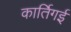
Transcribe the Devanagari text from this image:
कार्तिगई